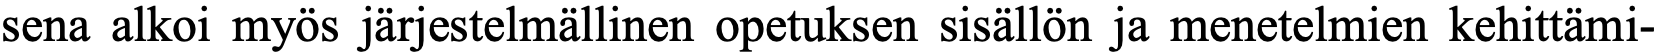
sena alkoi myös järjestelmällinen opetuksen sisällön ja menetelmien kehittämi-